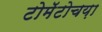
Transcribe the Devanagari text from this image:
टोमॅटोचय़ा